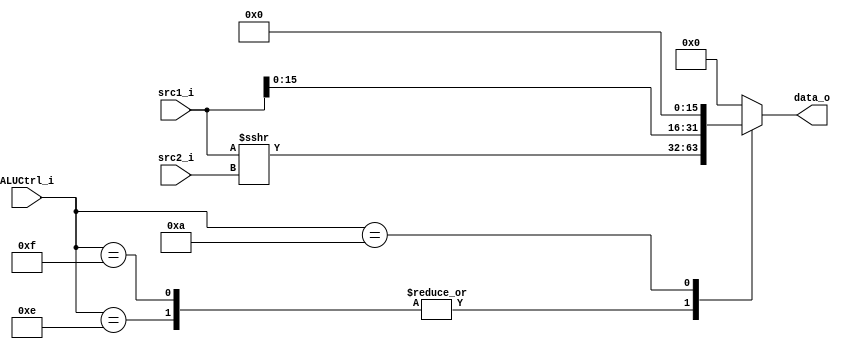
module Shifter_under(
    src1_i,
    src2_i,
    ALUCtrl_i,
    data_o
    );

//I/O ports
input [32-1:0] src1_i;
input [32-1:0] src2_i;
input [4-1:0] ALUCtrl_i;

output [32-1:0] data_o;



reg   [32-1:0] data_o;



always @(*) begin
	case(ALUCtrl_i)

		4'b1110:data_o =$signed(src1_i)>>>src2_i;
		4'b1111:data_o =$signed(src1_i)>>>src2_i;
		4'b1010:data_o = src1_i<<16;

		default data_o=0;
		
	endcase


end

endmodule